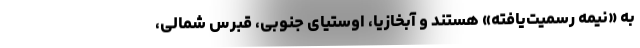
به «نیمه رسمیت‌یافته» هستند و آبخازیا، اوستیای جنوبی، قبرس شمالی،